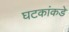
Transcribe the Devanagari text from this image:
घटकांकडे